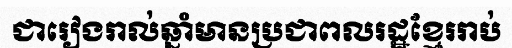
ជារៀងរាល់ឆ្នាំមានប្រជាពលរដ្ឋខ្មែររាប់